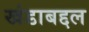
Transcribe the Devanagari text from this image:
खंडाबद्दल